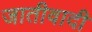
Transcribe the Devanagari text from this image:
जातीवादी